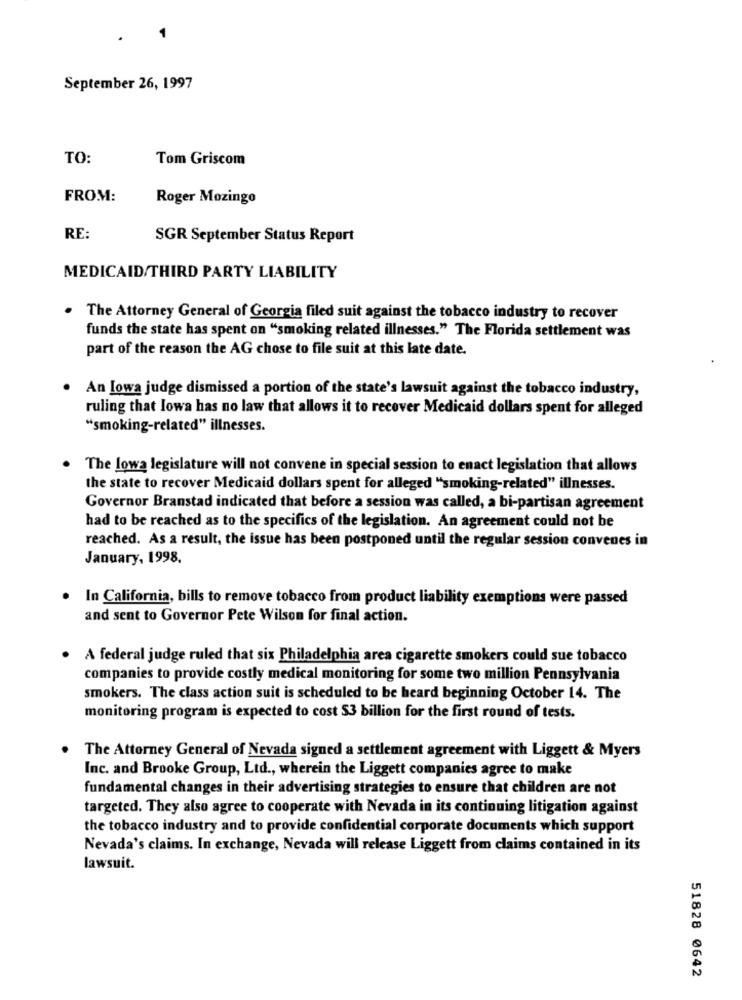
September 26, 1997
TO:
Tom Griscom
FROM:
Roger Mozingo
RE:
SGR September Status Report
MEDICAID/THIRD PARTY LIABILITY
. The Attorney General of Georgia filed suit against the tobacco industry to recover
funds the state has spent on "smoking related illnesses." The Florida settlement was
part of the reason the AG chose to file suit at this late date.
.
An Iowa judge dismissed a portion of the state's lawsuit against the tobacco industry,
ruling that Iowa has no law that allows it to recover Medicaid dollars spent for alleged
"smoking-related" illnesses.
The lowa legislature will not convene in special session to enact legislation that allows
the state to recover Medicaid dollars spent for alleged "smoking-related" illnesses.
Governor Branstad indicated that before a session was called, a bi-partisan agreement
had to be reached as to the specifics of the legislation. An agreement could not be
reached. As a result, the issue has been postponed until the regular session convenes in
January, 1998.
.
In California, bills to remove tobacco from product liability exemptions were passed
and sent to Governor Pete Wilson for final action.
A federal judge ruled that six Philadelphia area cigarette smokers could sue tobacco
companies to provide costly medical monitoring for some two million Pennsylvania
smokers. The class action suit is scheduled to be heard beginning October 14. The
monitoring program is expected to cost $3 billion for the first round of tests.
The Attorney General of Nevada signed a settlement agreement with Liggett & Myers
Inc. and Brooke Group, Ltd ., wherein the Liggett companies agree to make
fundamental changes in their advertising strategies to ensure that children are not
targeted. They also agree to cooperate with Nevada in its continuing litigation against
the tobacco industry and to provide confidential corporate documents which support
Nevada's claims. In exchange, Nevada will release Liggett from claims contained in its
lawsuit.
51828 0642